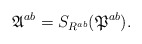
\begin{align*}\mathfrak{A}^{ab}=S_{{R}^{ab}}(\mathfrak{P}^{ab}). \end{align*}